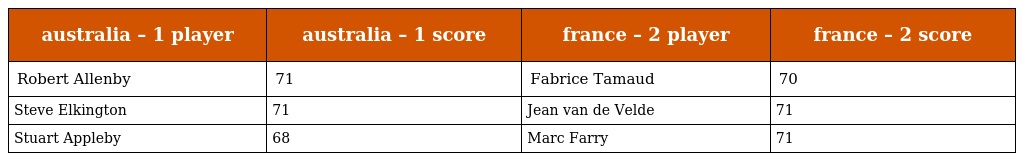
| australia – 1 player | australia – 1 score | france – 2 player | france – 2 score |
 | --- | --- | --- | --- |
 | Robert Allenby | 71 | Fabrice Tamaud | 70 |
 | Steve Elkington | 71 | Jean van de Velde | 71 |
 | Stuart Appleby | 68 | Marc Farry | 71 |